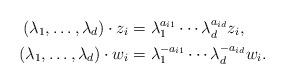
LaTeX: \begin{align*} (\lambda_{1},\ldots,\lambda_{d})\cdot z_{i}&=\lambda_{1}^{a_{i1}}\cdots\lambda_{d}^{a_{id}}z_{i},\\(\lambda_{1},\ldots,\lambda_{d})\cdot w_{i}&=\lambda_{1}^{-a_{i1}}\cdots\lambda_{d}^{-a_{id}}w_{i}.\end{align*}